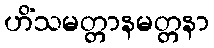
ဟိံသမတ္တာနမတ္တနာ